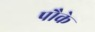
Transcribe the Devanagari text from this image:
पौके